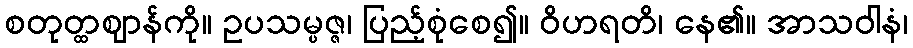
စတုတ္ထဈာန်ကို။ ဥပသမ္ပဇ္ဇ၊ ပြည့်စုံစေ၍။ ဝိဟရတိ၊ နေ၏။ အာသဝါနံ၊